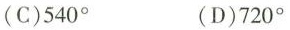
(C)540° (D)720°